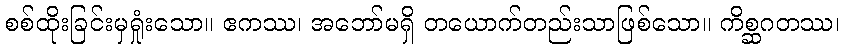
စစ်ထိုးခြင်းမှရှုံးသော။ ဧကဿ၊ အဘော်မရှိ တယောက်တည်းသာဖြစ်သော။ ကိစ္ဆဂတဿ၊